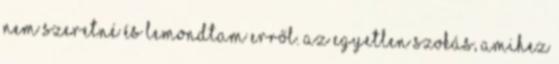
nem szeretné és lemondtam erről. Az egyetlen szokás, amihez